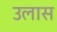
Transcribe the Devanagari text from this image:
उलास